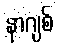
နာဂျစ်